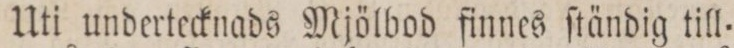
Uti undertecknads Mjölbod finnes ſtändig till=